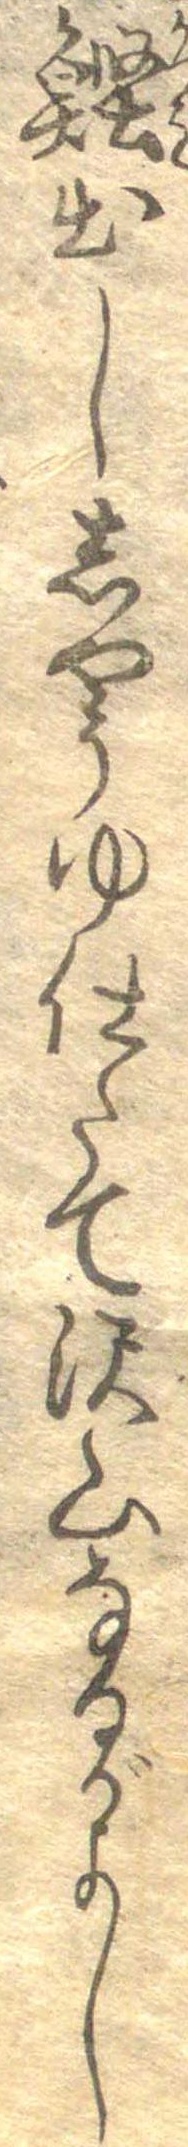
鰹出ししやうゆ仕たて沢山なるがよし